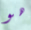
هو